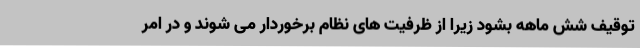
توقیف شش ماهه بشود زیرا از ظرفیت های نظام برخوردار می شوند و در امر